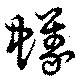
蟻